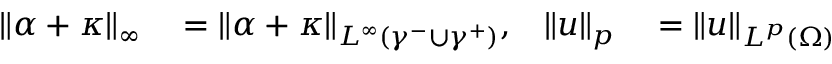
\begin{array} { r l r l } { \| \alpha + \kappa \| _ { \infty } } & { { } = \| \alpha + \kappa \| _ { L ^ { \infty } ( \gamma ^ { - } \cup \gamma ^ { + } ) } , } & { \| u \| _ { p } } & { { } = \| u \| _ { L ^ { p } ( \Omega ) } } \end{array}